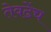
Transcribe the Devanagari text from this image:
तेवढेंच